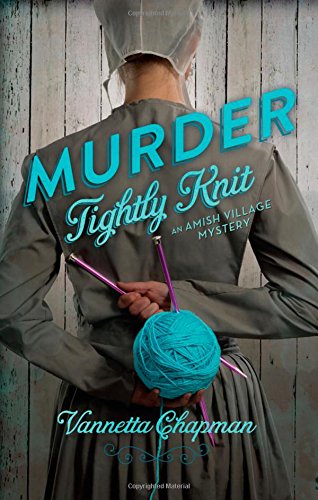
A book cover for Murder Tightly Knit (An Amish Village Mystery); Vannetta Chapman; Romance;